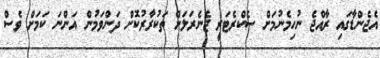
އެޖެންޑާގައި ރާއްޖެ ނުހިމެނުމަށް ސެކްރެޓަރީ ޖެނެރަލަށް ތަކުރާރުކޮށް ދަންވަމުން އަންނަ ކަމަށް ވެސް